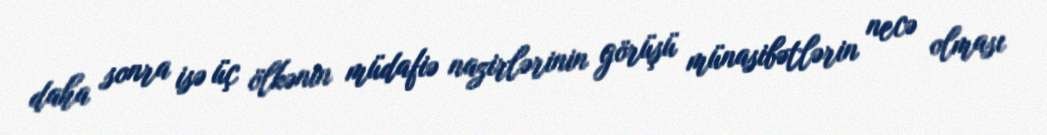
daha sonra isə üç ölkənin müdafiə nazirlərinin görüşü münasibətlərin necə olması